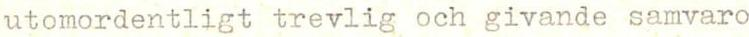
utomordentligt trevlig och givande samvaro